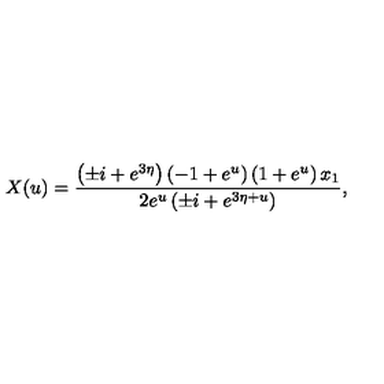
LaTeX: X ( u ) = { \frac { \left( \pm i + e ^ { 3 \eta } \right) \left( - 1 + { e ^ { u } } \right) \left( 1 + { e ^ { u } } \right) x _ { 1 } } { 2 { e ^ { u } } \left( \pm i + { e ^ { 3 \eta + u } } \right) } } ,